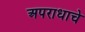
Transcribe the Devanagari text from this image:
अपराधाचे